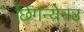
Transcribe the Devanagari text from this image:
छिंगन्येनउ